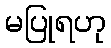
မပြုရဟု